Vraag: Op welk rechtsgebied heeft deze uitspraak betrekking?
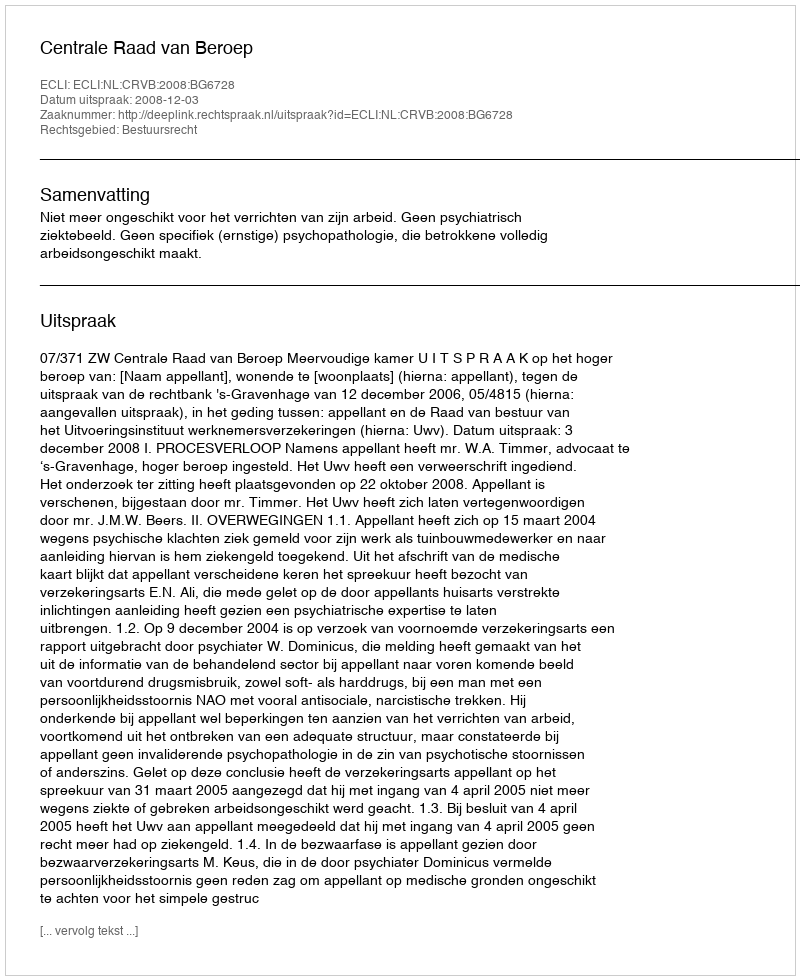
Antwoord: Bestuursrecht